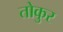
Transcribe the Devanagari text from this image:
तोकुर